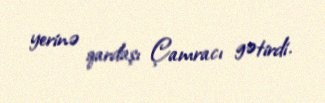
yerinə qardaşı Çamracı gətirdi.